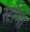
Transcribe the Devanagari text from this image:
स्टोमा